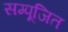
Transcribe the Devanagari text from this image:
सम्पूजित